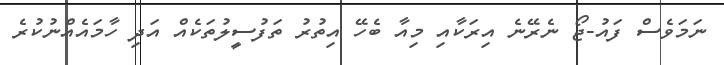
ނަމަވެސް ފައު-ޖޯ ނެރޭނެ އިރަކާއި މިއާ ބެހޭ އިތުރު ތަފުސީލުތަކެއް އަދި ހާމައެއްނުކުރެ